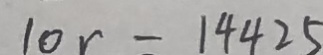
1 0 r = 1 4 4 2 5